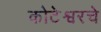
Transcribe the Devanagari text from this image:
कोटेश्वरचे